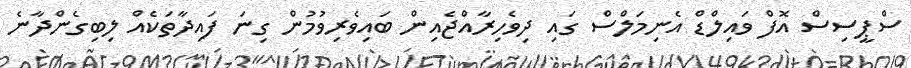
ސްޕީސިސް އޮފް ވައިލްޑް އެނިމަލްސް ގައި ދިވެހިރާއްޖެއިން ބައިވެރިވުމުން ގިނަ ފައިދާތަކެއް ލިބިގެންދާނެ